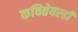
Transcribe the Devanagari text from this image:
कवितेवरही